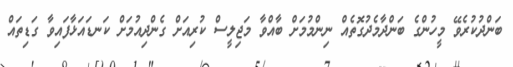
ބަންދުކުރެވޭ މީހުންގެ ބަންދާމެދުގޮތެއް ނިންމުމަށް ބާއްވާ މަޖިލީސް ކުރިއަށް ގެންދިއުމަށް ކަނޑައަޅާފައިވާ ގަޑިތައް